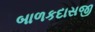
બાળકદાસજી